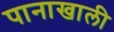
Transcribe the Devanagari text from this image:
पानाखाली